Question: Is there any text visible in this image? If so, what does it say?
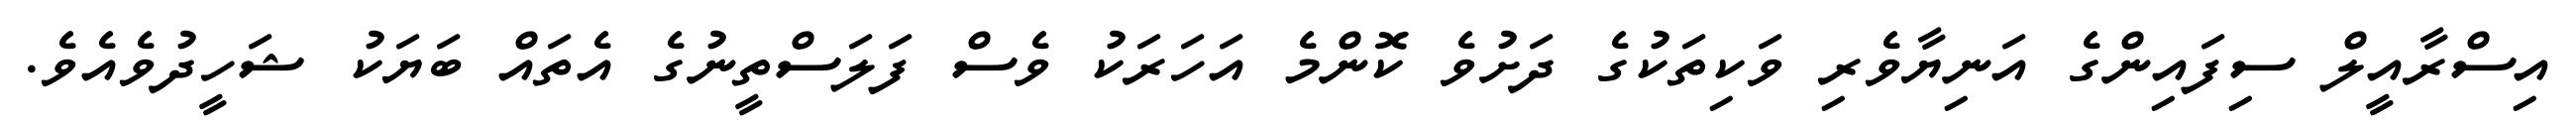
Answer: އިސްރާއީލް ސިފައިންގެ އަނިޔާވެރި ވަކިތަކުގެ ދަށުވެ ކޮންމެ އަހަރަކު ވެސް ފަލަސްތީނުގެ އެތައް ބަޔަކު ޝަހީދުވެއެވެ.